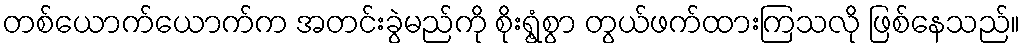
တစ်ယောက်ယောက်က အတင်းခွဲမည်ကို စိုးရွံ့စွာ တွယ်ဖက်ထားကြသလို ဖြစ်နေသည်။